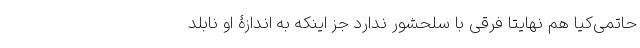
حاتمی‌کیا هم نهایتا فرقی با سلحشور ندارد جز اینکه به اندازۀ او نابلد